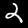
Label: 2